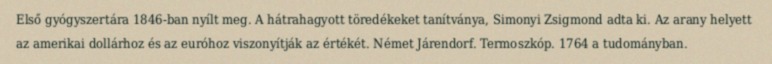
Első gyógyszertára 1846-ban nyílt meg. A hátrahagyott töredékeket tanítványa, Simonyi Zsigmond adta ki. Az arany helyett az amerikai dollárhoz és az euróhoz viszonyítják az értékét. Német Járendorf. Termoszkóp. 1764 a tudományban.